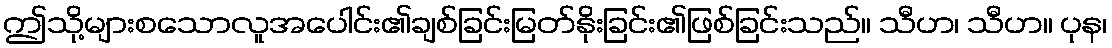
ဤသို့များစသောလူအပေါင်း၏ချစ်ခြင်းမြတ်နိုးခြင်း၏ဖြစ်ခြင်းသည်။ သီဟ၊ သီဟ။ ပုန၊